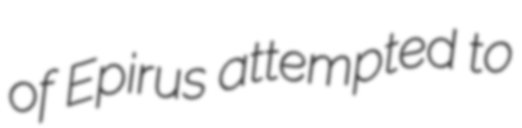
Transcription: of Epirus attempted to